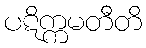
ပဋိက္ကမတီတိ